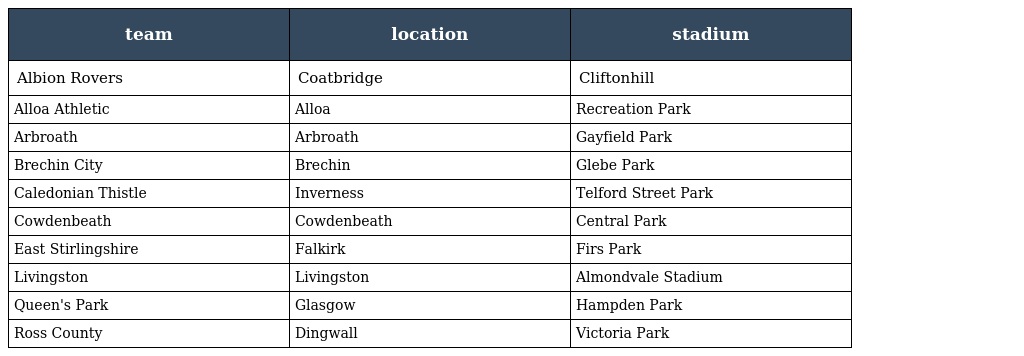
| team | location | stadium |
 | --- | --- | --- |
 | Albion Rovers | Coatbridge | Cliftonhill |
 | Alloa Athletic | Alloa | Recreation Park |
 | Arbroath | Arbroath | Gayfield Park |
 | Brechin City | Brechin | Glebe Park |
 | Caledonian Thistle | Inverness | Telford Street Park |
 | Cowdenbeath | Cowdenbeath | Central Park |
 | East Stirlingshire | Falkirk | Firs Park |
 | Livingston | Livingston | Almondvale Stadium |
 | Queen's Park | Glasgow | Hampden Park |
 | Ross County | Dingwall | Victoria Park |